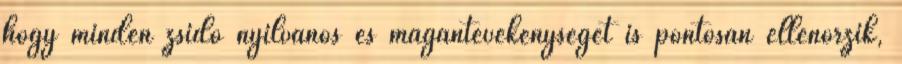
hogy minden zsidó nyilvános és magántevékenységét is pontosan ellenőrzik,